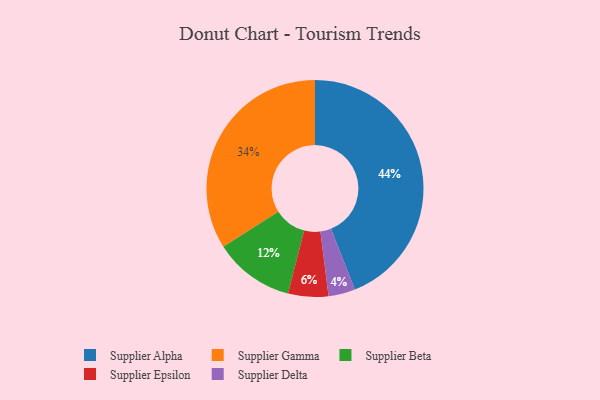
{"axis": {"x": "Category", "y": "Percentage"}, "legend": ["Supplier Alpha", "Supplier Beta", "Supplier Delta", "Supplier Epsilon", "Supplier Gamma"], "data": [{"x": "Supplier Beta", "y": 12, "type": "Supplier Beta"}, {"x": "Supplier Epsilon", "y": 6, "type": "Supplier Epsilon"}, {"x": "Supplier Gamma", "y": 34, "type": "Supplier Gamma"}, {"x": "Supplier Delta", "y": 4, "type": "Supplier Delta"}, {"x": "Supplier Alpha", "y": 44, "type": "Supplier Alpha"}]}